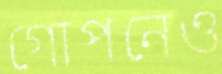
গোপনেও